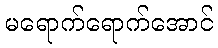
မရောက်ရောက်အောင်